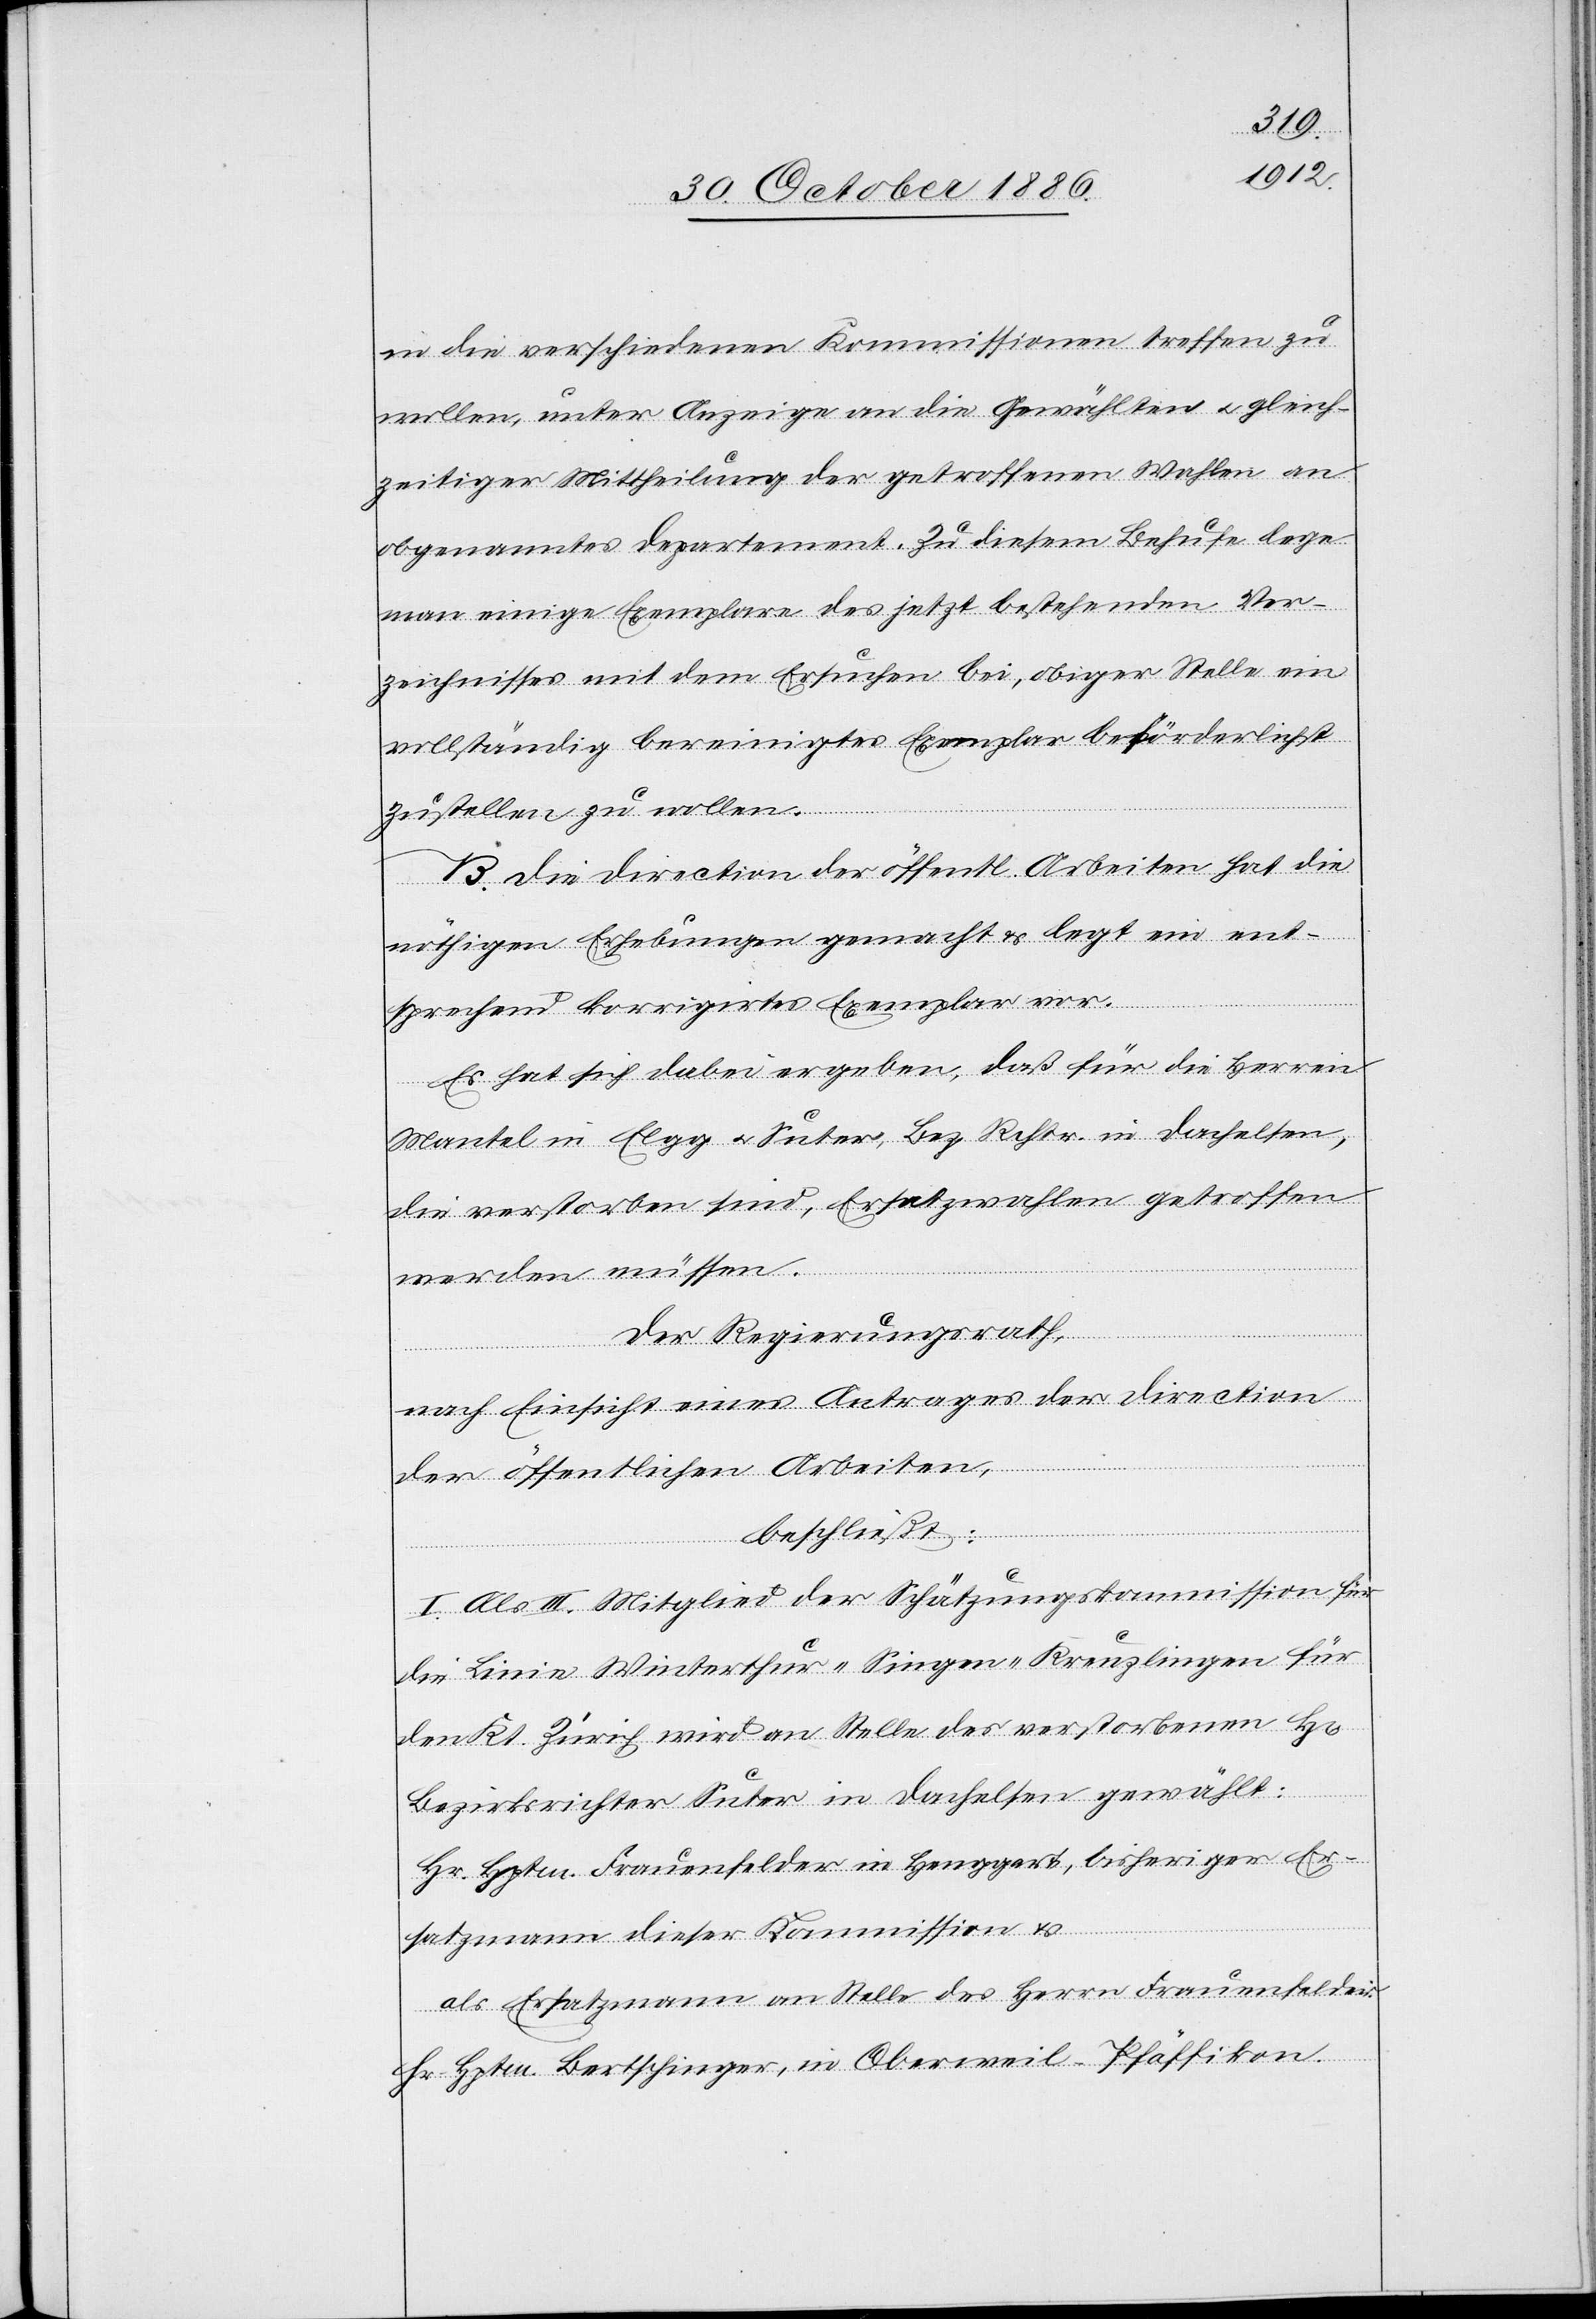
in die verschiedenen Kommissionen treffen zu
wollen, unter Anzeige an die Gewählten & gleich¬
zeitiger Mittheilung der getroffenen Wahlen an
obgenanntes Departement. Zu diesem Behufe lege
man einige Exemplare des jetzt bestehenden Ver¬
zeichnisses mit dem Ersuchen bei, obiger Stelle ein
vollständig bereinigtes Exemplar beförderlichst
zustellen zu wollen.
B. Die Direction der öffentl. Arbeiten hat die
nöthigen Erhebungen gemacht & legt ein ent¬
sprechend korrigirtes Exemplar vor.
Es hat sich dabei ergeben, daß für die Herren
Mantel in Elgg & Suter, Bez. Rchtr. in Dachelsen,
die verstorben sind, Ersatzwahlen getroffen
werden müssen.
Der Regierungsrath,
rrn]
nach Einsicht eines Antrages der Direction
der öffentlichen Arbeiten,
beschließt:
I. Als III. Mitglied der Schätzungskommission für
die Linie Winterthur–Singen–Kreuzlingen für
den Kt. Zürich wird an Stelle des verstorbenen H[e¬
Bezirksrichter Suter in Dachelsen gewählt:
Hr. Hptm. Frauenfelder in Henggart, bisheriger Er¬
satzmann dieser Kommission &
als Ersatzmann an Stelle des Herrn Frauenfelder:
Hr. Hptm. Bertschinger, in Oberweil - Pfäffikon.